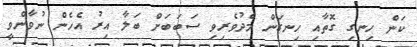
ކަން ހިނގި ގޮތާއި ހިނގަން މެދުވެރިވި ސަބަބަށް ބަލާ އިރު އެހެން ނުވާންވީ